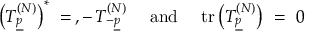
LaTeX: \left( T _ { \underline { { { p } } } } ^ { ( N ) } \right) ^ { * } \ = \, , - \, T _ { - \underline { { { p } } } } ^ { ( N ) } \ \quad \mathrm { a n d } \quad \ \mathrm { t r } \left( T _ { \underline { { { p } } } } ^ { ( N ) } \right) \ = \ 0